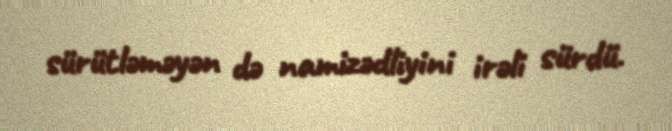
sürütləməyən də namizədliyini irəli sürdü.